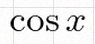
\cos x